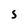
Character: S